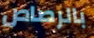
بالرصاص